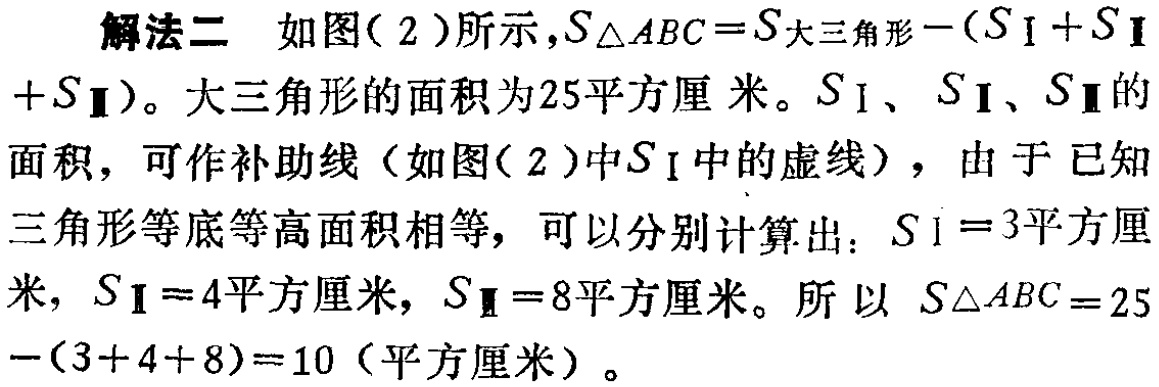
解法二 如图(2)所示,$S_{\triangle ABC}=S_{大三角形}-(S_{Ⅰ}+S_{Ⅱ}+S_{Ⅲ})$。大三角形的面积为25平方厘米。$S_{Ⅰ}$、$S_{Ⅱ}$、$S_{Ⅲ}$的面积，可作补助线（如图(2)中$S_{Ⅰ}$中的虚线），由于已知三角形等底等高面积相等，可以分别计算出：$S_{Ⅰ}=3平方厘米$，$S_{Ⅱ}=4平方厘米$，$S_{Ⅲ}=8平方厘米$。所以$S_{\triangle ABC}=25-(3 + 4 + 8)=10（平方厘米）$。